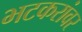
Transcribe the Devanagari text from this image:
भटकरांवर